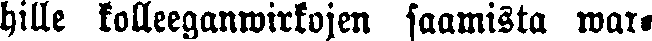
hille kolleeganwirkojen saamista war-